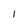
Character: 1